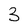
Character: 3